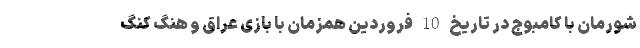
شورمان با کامبوج در تاریخ 10 فروردین همزمان با بازی عراق و هنگ کنگ